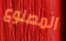
المصنوع